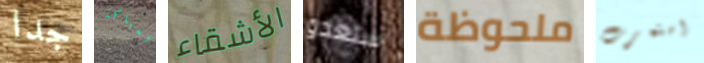
جدا السباكة الأشقاء ستغدو ملحوظة استمرت